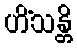
ဟိံသန္တိ